Leaving Certificate Examination (including Day School Certificate (Higher) General paper), 1931
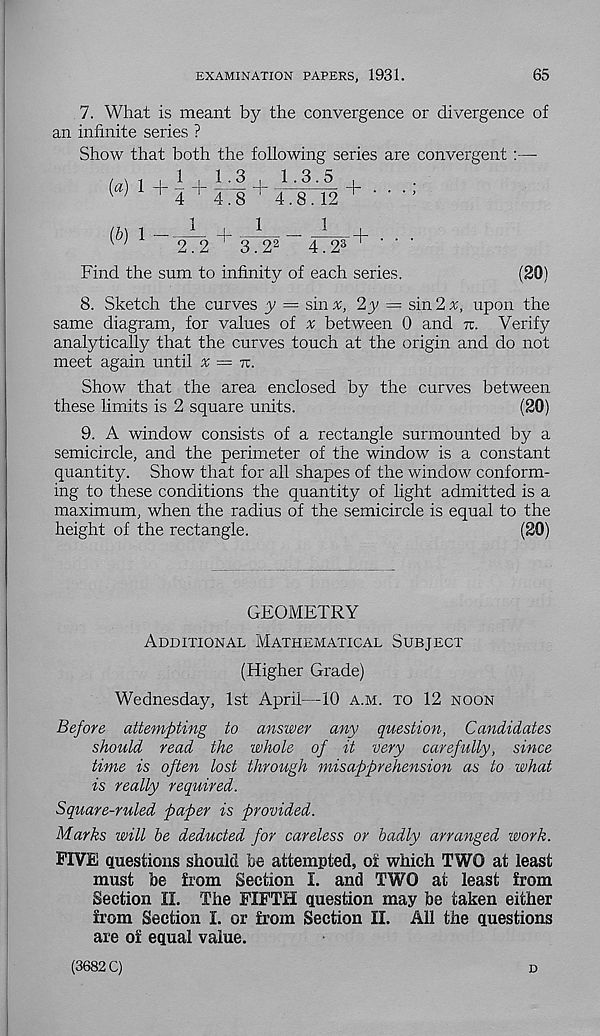
EXAMINATION PAPERS, 1931.
65
7. What is meant by the convergence or divergence of
an infinite series ?
Show that both the following series are convergent :—
1 , 1.3 , 1.3.5
(a) 1 + -r + - A
:
4.8 "
(b) 1
1
+
4.8.12
1
1
2.2 ’ 3.2 2
4.2 3
Find the sum to infinity of each series.
(20)
8. Sketch the curves y = sin x, 2y = sin 2 x, upon the
same diagram, for values of ^ between 0 and re. Verify
analytically that the curves touch at the origin and do not
meet again until x = tv.
Show that the area enclosed by the curves between
these limits is 2 square units.
(20)
9. A window consists of a rectangle surmounted by a
semicircle, and the perimeter of the window is a constant
quantity. Show that for all shapes of the window conform-
ing to these conditions the quantity of light admitted is a
maximum, when the radius of the semicircle is equal to the
height of the rectangle.
(20)
GEOMETRY
Additional Mathematical Subject
(Higher Grade)
Wednesday, 1st April—10 a.m. to 12 noon
Before attempting to answer any question, Candidates
should read the whole of it very carefully, since
time is often lost through misapprehension as to what
is really required.
Square-ruled paper is provided.
Marks will be deducted for careless or badly arranged work.
FIVE questions should be attempted, ot which TWO at least
must be from Section I. and TWO at least from
Section II. The FIFTH question may be taken either
from Section I. or from Section II. All the questions
are of equal value.
(3682 C)
D